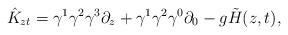
LaTeX: \begin{align*}\hat K_{zt}=\gamma ^1\gamma ^2\gamma ^3\partial_z+\gamma^1\gamma ^2\gamma ^0\partial _0-g\tilde H(z,t),\end{align*}